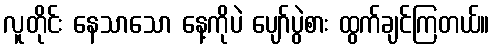
လူတိုင်း နေသာသော နေ့ကိုပဲ ပျော်ပွဲစား ထွက်ချင်ကြတယ်။